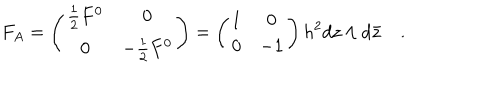
LaTeX: F _ { A } = \left( \begin{matrix} { { { \frac { 1 } { 2 } } F ^ { 0 } } } & { { 0 } } \\ { { 0 } } & { { - { \frac { 1 } { 2 } } F ^ { 0 } } } \\ \end{matrix} \right) = \left( \begin{matrix} { { 1 } } & { { 0 } } \\ { { 0 } } & { { - 1 } } \\ \end{matrix} \right) h ^ { 2 } d z \wedge d { \bar { z } } \quad .